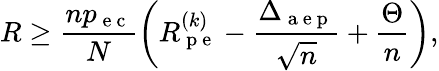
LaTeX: R\geq\frac{np_{\mathrm{~e~c~}}}{N}\left(R_{\mathrm{~p~e~}}^{(k)}-\frac{\Delta_{\mathrm{~a~e~p~}}}{\sqrt{n}}+\frac{\Theta}{n}\right),